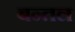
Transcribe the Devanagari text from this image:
बन्तल